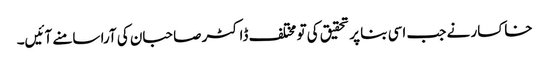
خاکسار نے جب اسی بنا پر تحقیق کی تو مختلف ڈاکٹر صاحبان کی آرا سامنے آئیں۔